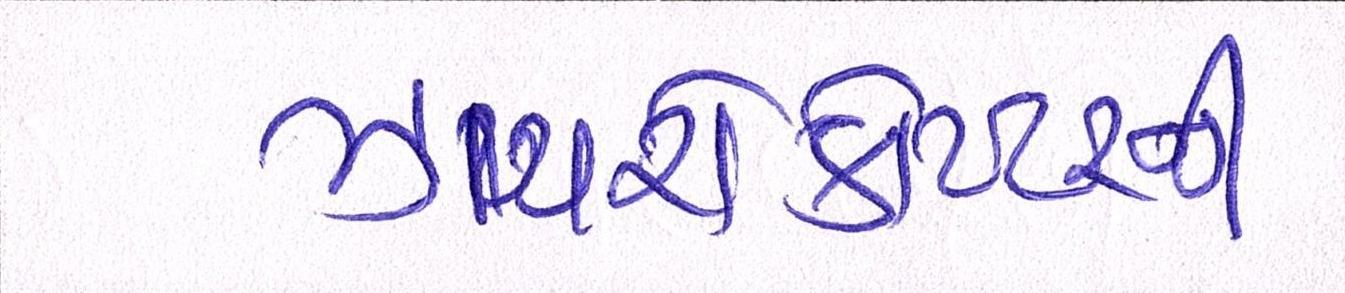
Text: ઝાયરોકોપ્ટરની